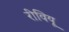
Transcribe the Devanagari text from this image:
रीवियू